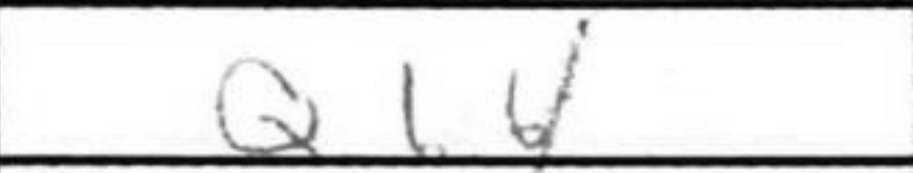
Transcription: Qb6